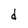
Character: d